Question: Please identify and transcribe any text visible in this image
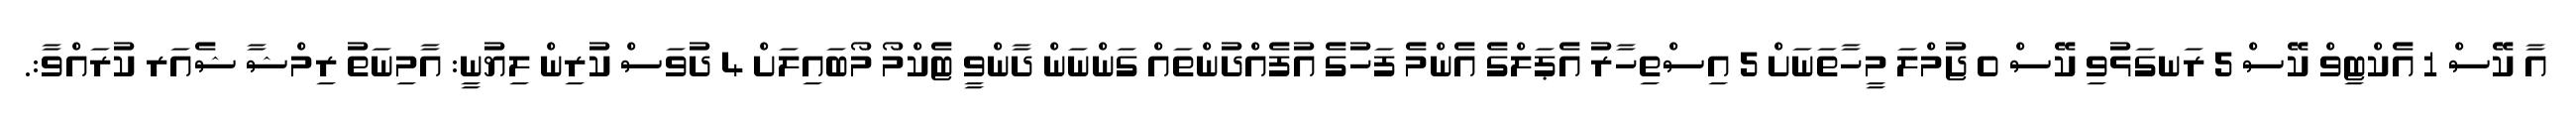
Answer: އާ ކޭސް 1 އެކްޓިވް ކޭސް 5 ރަނގަޅުވި ކޭސް 0 ޖުމްލަ މީހާތަނަށް 5 އިސްތިހާރު އެޕަލްގެ އެންމެ ފަހުގެ އުފެއްދުންތައް ގަންނަން ދާންވީ ޓެކްމޯ މޯބައިލަށް 4 ދުވަސް ކުރިން ލިޔުނީ: އާމިނަތު ރިމްޝާ ޝެއަރ ކުރައްވާ:.